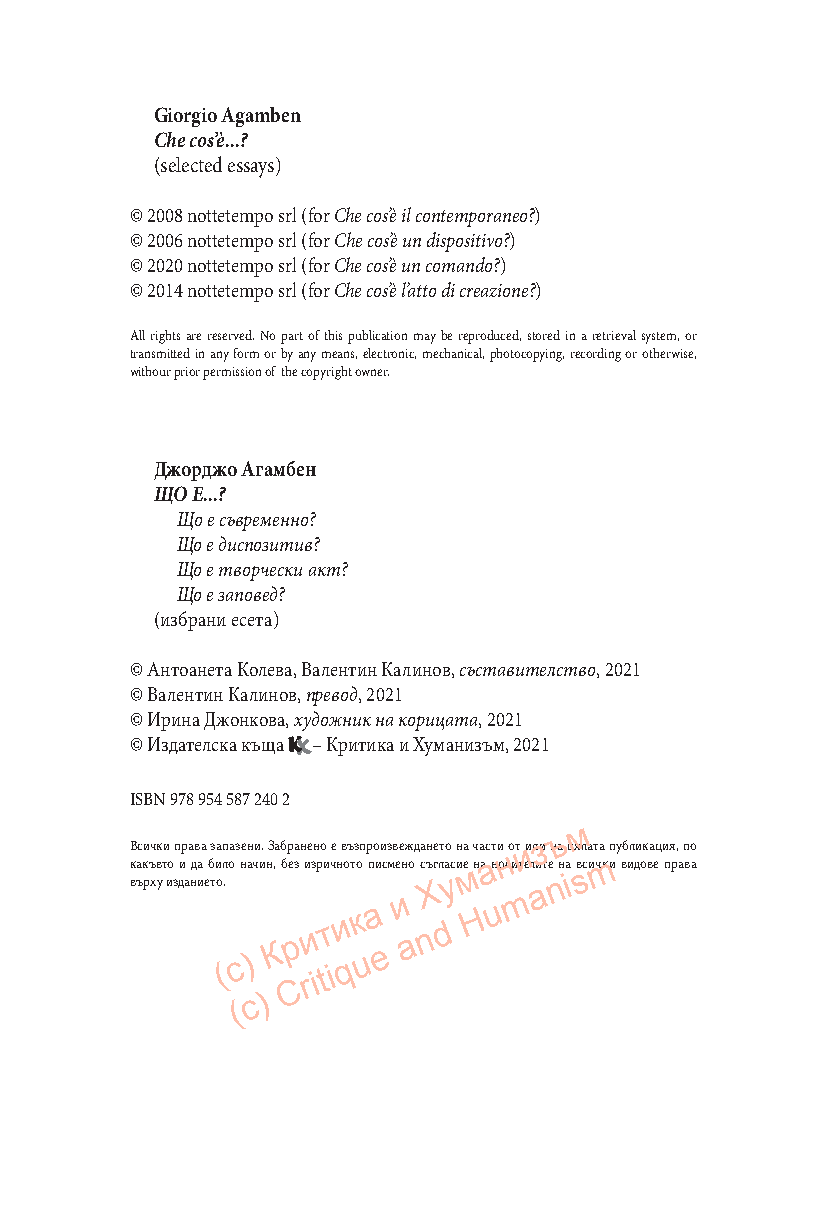
Giorgio Agamben
 Che cos’è...?
 (selected essays)
 © 2008 nottetempo srl (for Che cos’è il contemporaneo?)
 © 2006 nottetempo srl (for Che cos’è un dispositivo?)
 © 2020 nottetempo srl (for Che cos’è un comando?)
 © 2014 nottetempo srl (for Che cos’è l’atto di creazione?)
 All rights are reserved. No part of this publication may be reproduced, stored in a retrieval system, or
 transmitted in any form or by any means, electronic, mechanical, photocopying, recording or otherwise,
 withour prior permission of the copyright owner.
 Джорджо Агамбен
 ЩО Е...?
 Що е съвременно?
 Що е диспозитив?
 Що е творчески акт?
 Що е заповед?
 (избрани есета)
 © Антоанета Колева, Валентин Калинов, съставителство, 2021
 © Валентин Калинов, превод, 2021
 © Ирина Джонкова, художник на корицата, 2021
 © Издателска къща – Критика и Хуманизъм, 2021
 ISBN 978 954 587 240 2
 м
 ъ
 Всички права запазени. Забранено е възпроизвеждането на части оти илиз на цялата публикация, по
 4к въак ръ хв ут ио
 з
 ди
 а
 нд иа еб ти
 о
 (л .о
 c
 н )ач ин К, б Cе рз и rиз iр tи
 т
 iчн
 и
 qото
 к
 u
 п аи eс м е ин aо с nХъгл dа ус и ме
 H
 наа uнон с mител aите
 n
 н iа вsсиmчки видове права
 ( c )